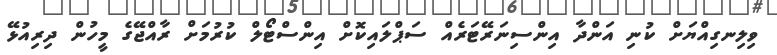
ވިލިނގިއްޔަށް ކުނި އަންދާ އިންސިނަރޭޓަރެއް ސަޕްލައިކޮށް އިންސްޓޯލް ކުރުމަށް ރާއްޖޭގެ މީހުން ދިރިއުޅޭ